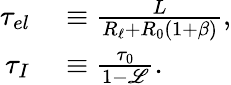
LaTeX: \begin{array}{rl}{\tau_{el}}&{{}\equiv\frac{L}{R_{\ell}+R_{0}(1+\beta)},}\\ {\tau_{I}}&{{}\equiv\frac{\tau_{0}}{1-\mathscr{L}}.}\end{array}